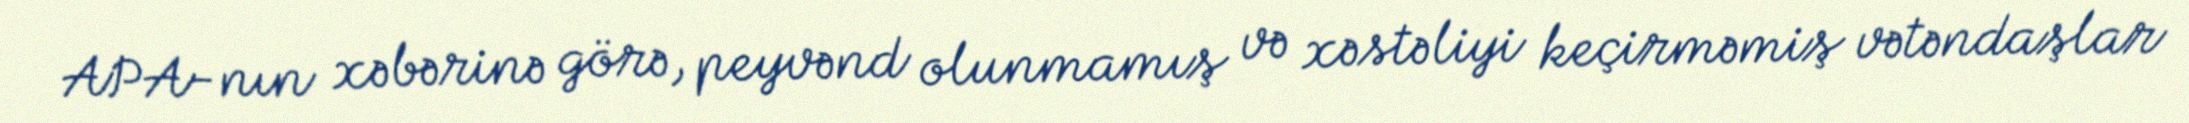
APA-nın xəbərinə görə, peyvənd olunmamış və xəstəliyi keçirməmiş vətəndaşlar